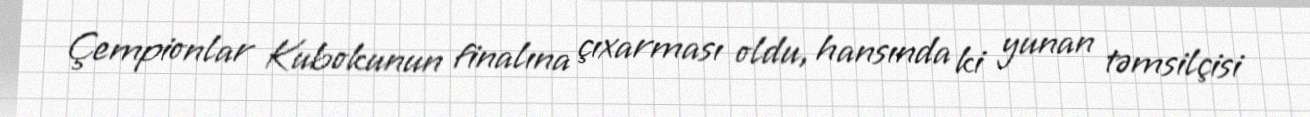
Çempionlar Kubokunun finalına çıxarması oldu, hansında ki yunan təmsilçisi